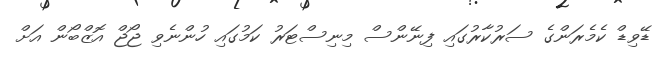
ޑޭވިޑް ކެމެރަންގެ ސަރުކާރުގައި ފިނޭންސް މިނިސްޓަރު ކަމުގައި ހުންނެވި ޖޯޖް އޮޒްބޯން އަށް